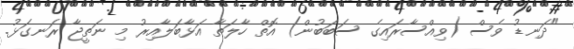
"ދަނޑު ވެސް (ވިއްސާރައިގެ ސަބަބުން) އޮތް ހާލަތާ އަޅާބަލާއިރު މި ނަތީޖާ ރަނގަޅު.